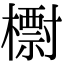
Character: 㯹